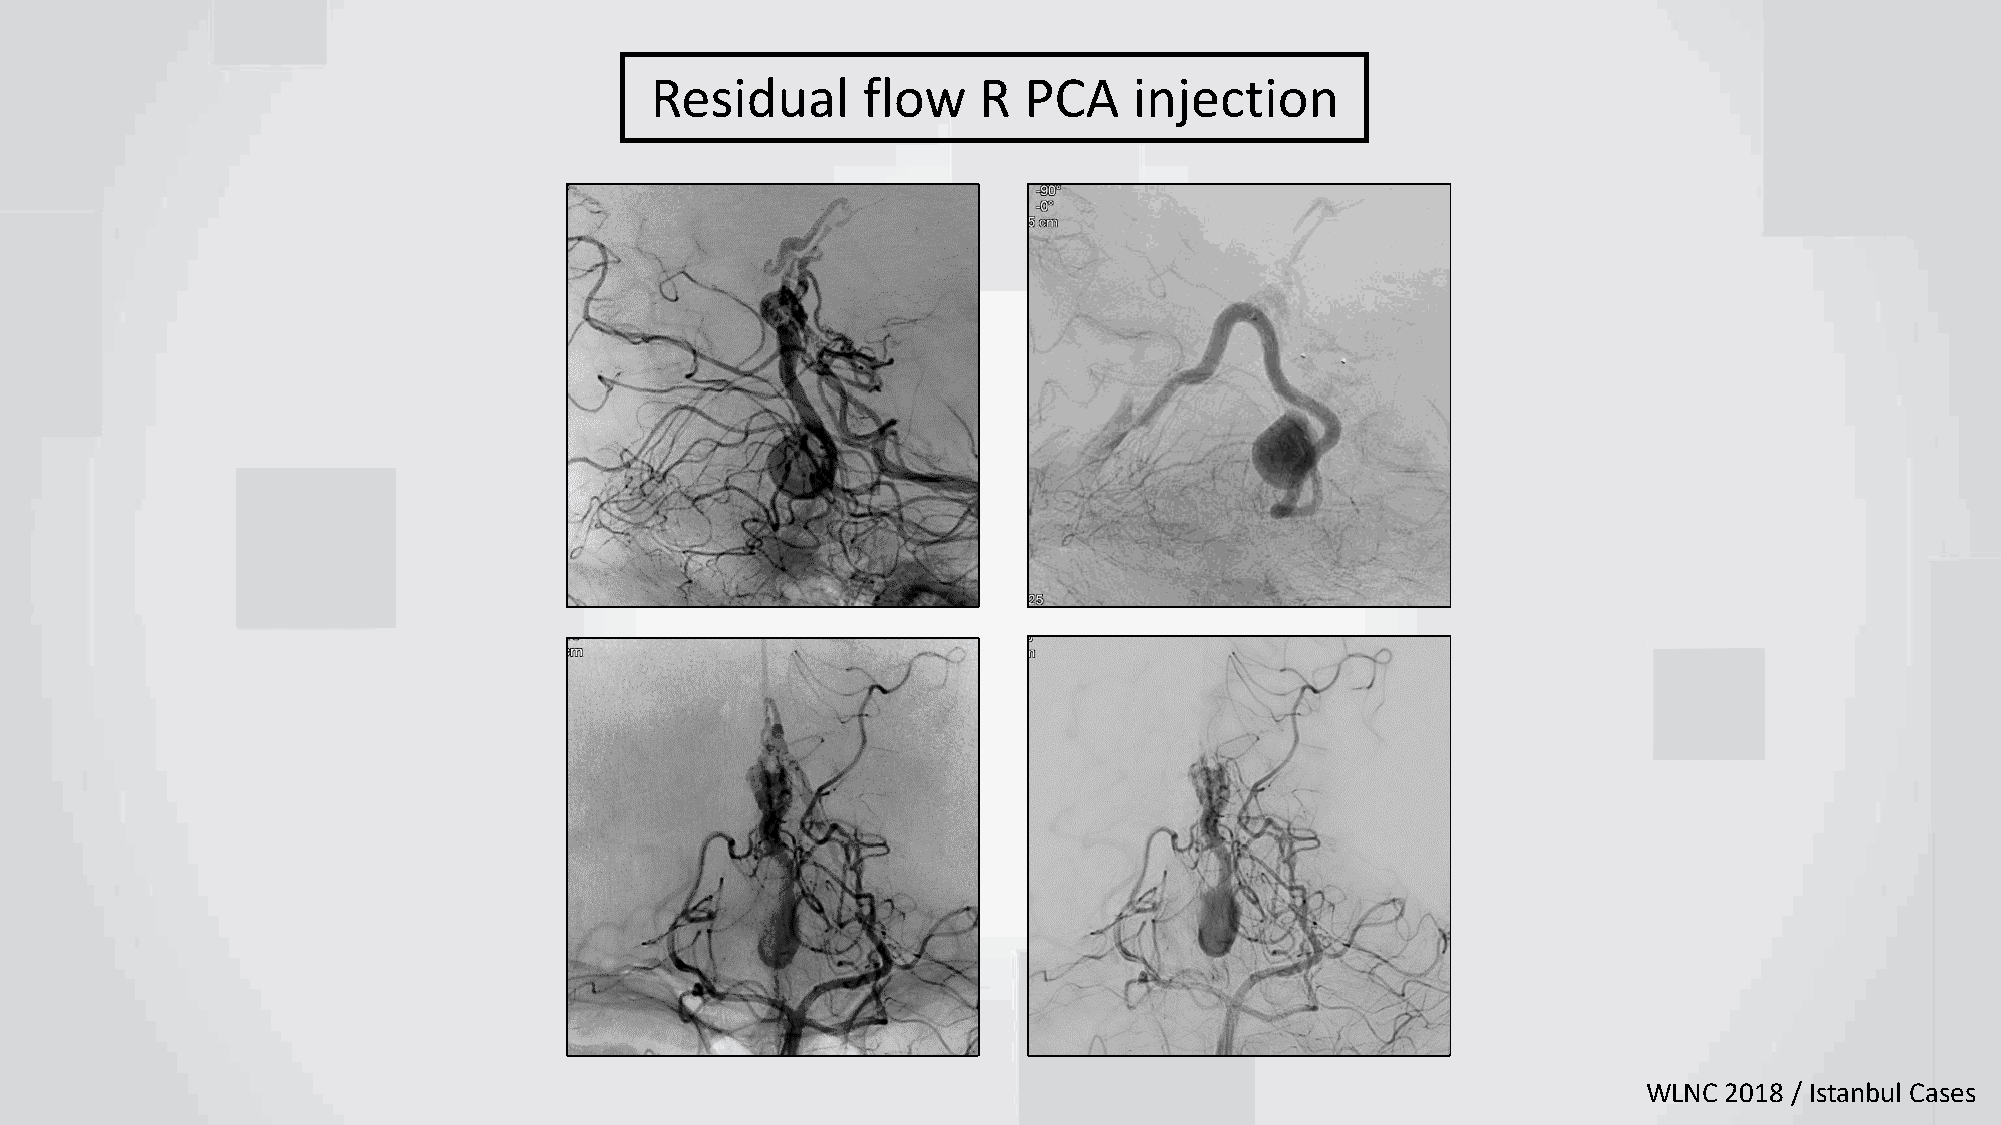
Residual      flow    R  PCA    injection
 WLNC 2018 / Istanbul Cases